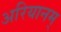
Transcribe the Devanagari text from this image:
अरियानम्